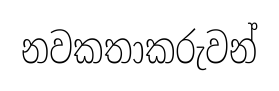
නවකතාකරුවන්